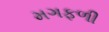
મગફળી